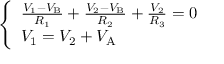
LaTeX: \left\{ \begin{array} { l l } { { \frac { V _ { 1 } - V _ { \mathrm { B } } } { R _ { 1 } } } + { \frac { V _ { 2 } - V _ { \mathrm { B } } } { R _ { 2 } } } + { \frac { V _ { 2 } } { R _ { 3 } } } = 0 } \\ { V _ { 1 } = V _ { 2 } + V _ { \mathrm { A } } } \end{array} \right.